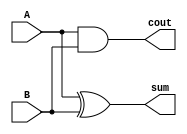
module half_adder(
    input A,
    input B,
    output sum,
    output cout
    );
    assign sum = A ^ B;
    assign cout= A & B;
endmodule